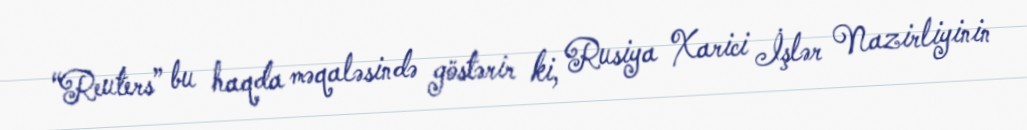
“Reuters” bu haqda məqaləsində göstərir ki, Rusiya Xarici İşlər Nazirliyinin